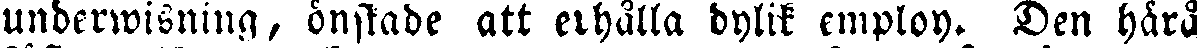
undervisning, önskade att erhålla dylik employ. Den härå